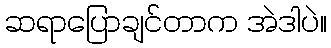
ဆရာပြောချင်တာက အဲဒါပဲ။